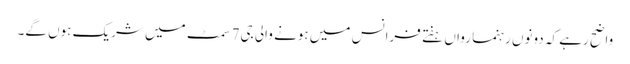
واضح رہے کہ دونوں رہنما رواں ہفتے فرانس میں ہونے والی جی7 سمٹ میں شریک ہوں گے۔